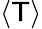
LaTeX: \langle\mathsf{T}\rangle